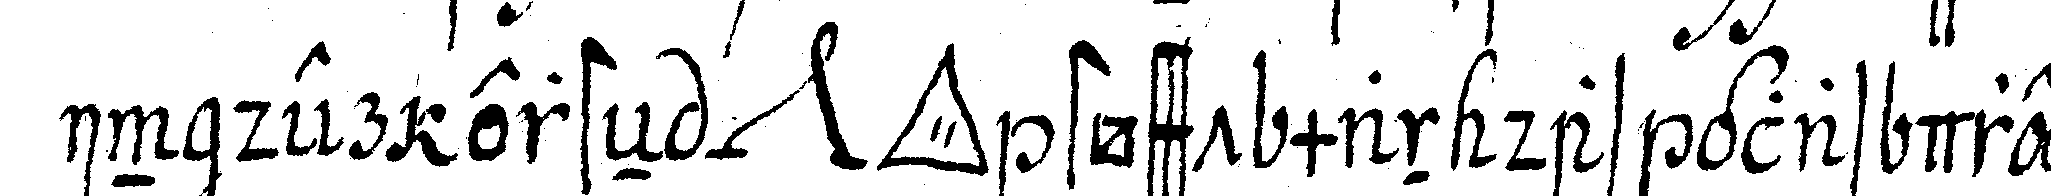
in der ersteN *nee* *tri..* stösst man das glas drey